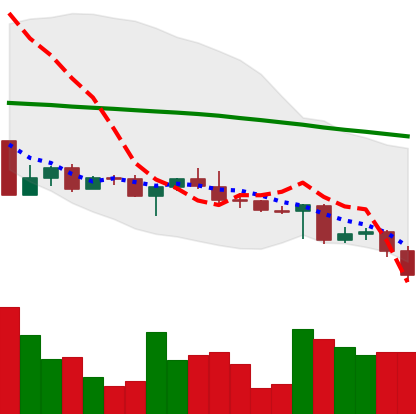
Ticker: ADA-USD
Chart end date: 2022-04-30
Forward return: 4.558%
Label: up_3_5